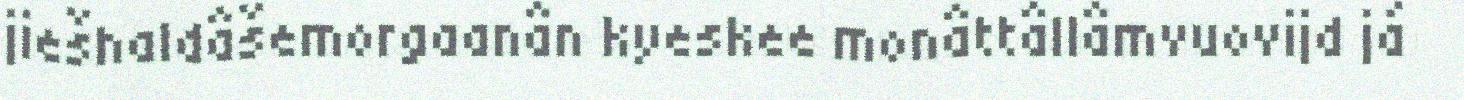
jiešhaldâšemorgaanân kyeskee monâttâllâmvuovijd já